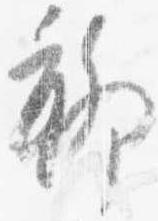
聊